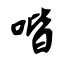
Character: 喈